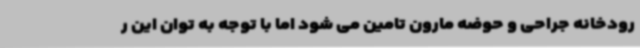
رودخانه جراحی و حوضه مارون تامین می شود اما با توجه به توان این ر